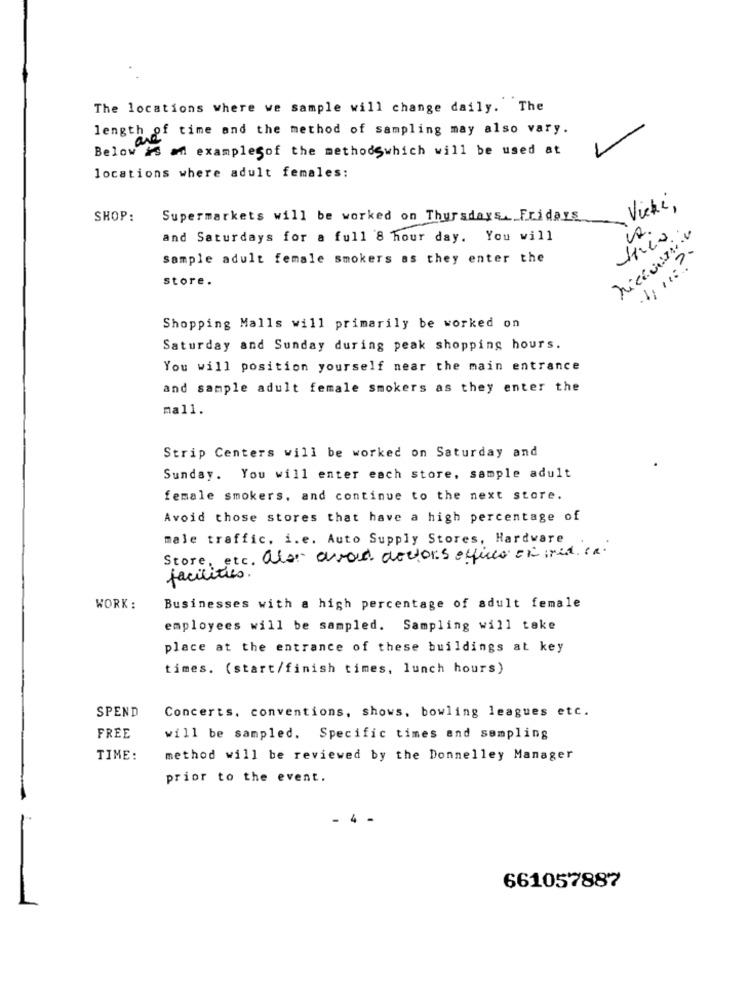
The locations where we sample will change daily. The
length of time and the method of sampling may also vary.
Below is an examplesof the methodswhich will be used at
locations where adult females:
Vicki .
SHOP:
Supermarkets will be worked on Thursdays. Fridays
and Saturdays for a full 8 hour day. You will
Sample adult female smokers as they enter the
store.
Shopping Malls will primarily be worked on
Saturday and Sunday during peak shopping hours.
You will position yourself near the main entrance
and sample adult female smokers as they enter the
mall.
Strip Centers will be worked on Saturday and
Sunday. You will enter each store, sample adult
female smokers, and continue to the next store.
Avoid those stores that have a high percentage of
male traffic, i.e. Auto Supply Stores, Hardware
Store, etc. also avan doctors efficco esired. ca.
facilities.
WORK :
Businesses with a high percentage of adult female
employees will be sampled. Sampling will take
place at the entrance of these buildings at key
times. (start/finish times, lunch hours)
SPEND
Concerts, conventions, shows, bowling leagues etc.
FREE
will be sampled. Specific times and sampling
TIME:
method will be reviewed by the Donnelley Manager
prior to the event.
- 4 -
661057887